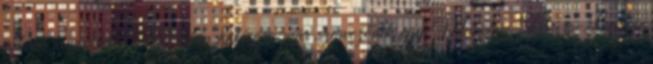
adnak koncertet. A Midem hatására már szerveződik egy München-Párizs-London